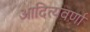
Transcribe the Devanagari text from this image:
आदित्यवर्णा